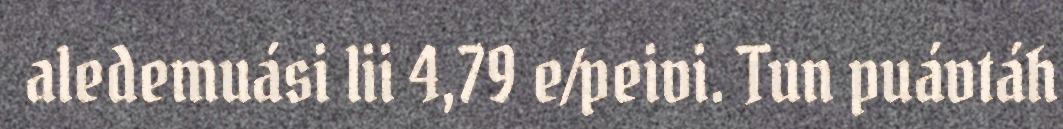
aledemuási lii 4,79 e/peivi. Tun puávtáh